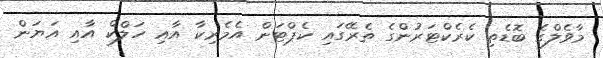
މާވެލްގެ ބޮޑެތި ކެރެކްޓަރުންގެ ތެރޭގައި ކެޕްޓަން އެމެރިކާ އާއި ހަލްކް އާއި އަޔަން